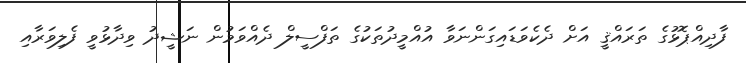
ފާދިއްޕޮޅުގެ ތަރައްޤީ އަށް ދެކެވަޑައިގަންނަވާ އުއްމީދުތަކުގެ ތަފްސީލް ދެއްވަމުން ނަޝީދު ވިދާޅުވީ ފެލިވަރާއި